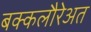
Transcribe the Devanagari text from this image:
बक्कलौरेअत